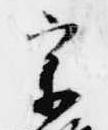
宗